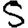
Digit: 5